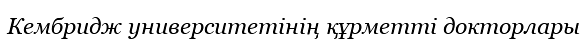
Кембридж университетінің құрметті докторлары